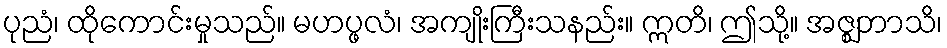
ပုညံ၊ ထိုကောင်းမှုသည်။ မဟပ္ဖလံ၊ အကျိုးကြီးသနည်း။ ဣတိ၊ ဤသို့။ အဇ္ဈဘာသိ၊